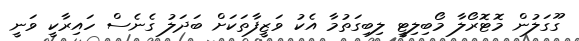
ގޫގަލުން މޮޓޮރޯލާ މޯބިލިޓީ ލިބިގަތުމާ އެކު ވަޒީފާތަކަށް ބަދަލު ގެނެސް ހައިރާކީ ވަނީ